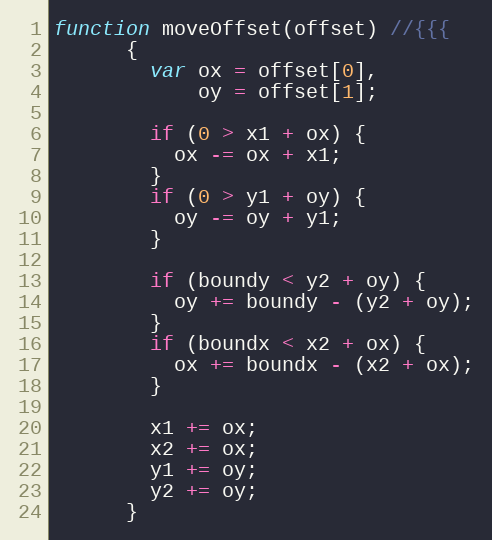
Language: JavaScript
function moveOffset(offset) //{{{
      {
        var ox = offset[0],
            oy = offset[1];

        if (0 > x1 + ox) {
          ox -= ox + x1;
        }
        if (0 > y1 + oy) {
          oy -= oy + y1;
        }

        if (boundy < y2 + oy) {
          oy += boundy - (y2 + oy);
        }
        if (boundx < x2 + ox) {
          ox += boundx - (x2 + ox);
        }

        x1 += ox;
        x2 += ox;
        y1 += oy;
        y2 += oy;
      }